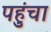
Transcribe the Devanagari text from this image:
पहुुंचा